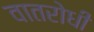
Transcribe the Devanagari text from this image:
वातरोधी